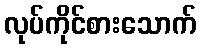
လုပ်ကိုင်စားသောက်